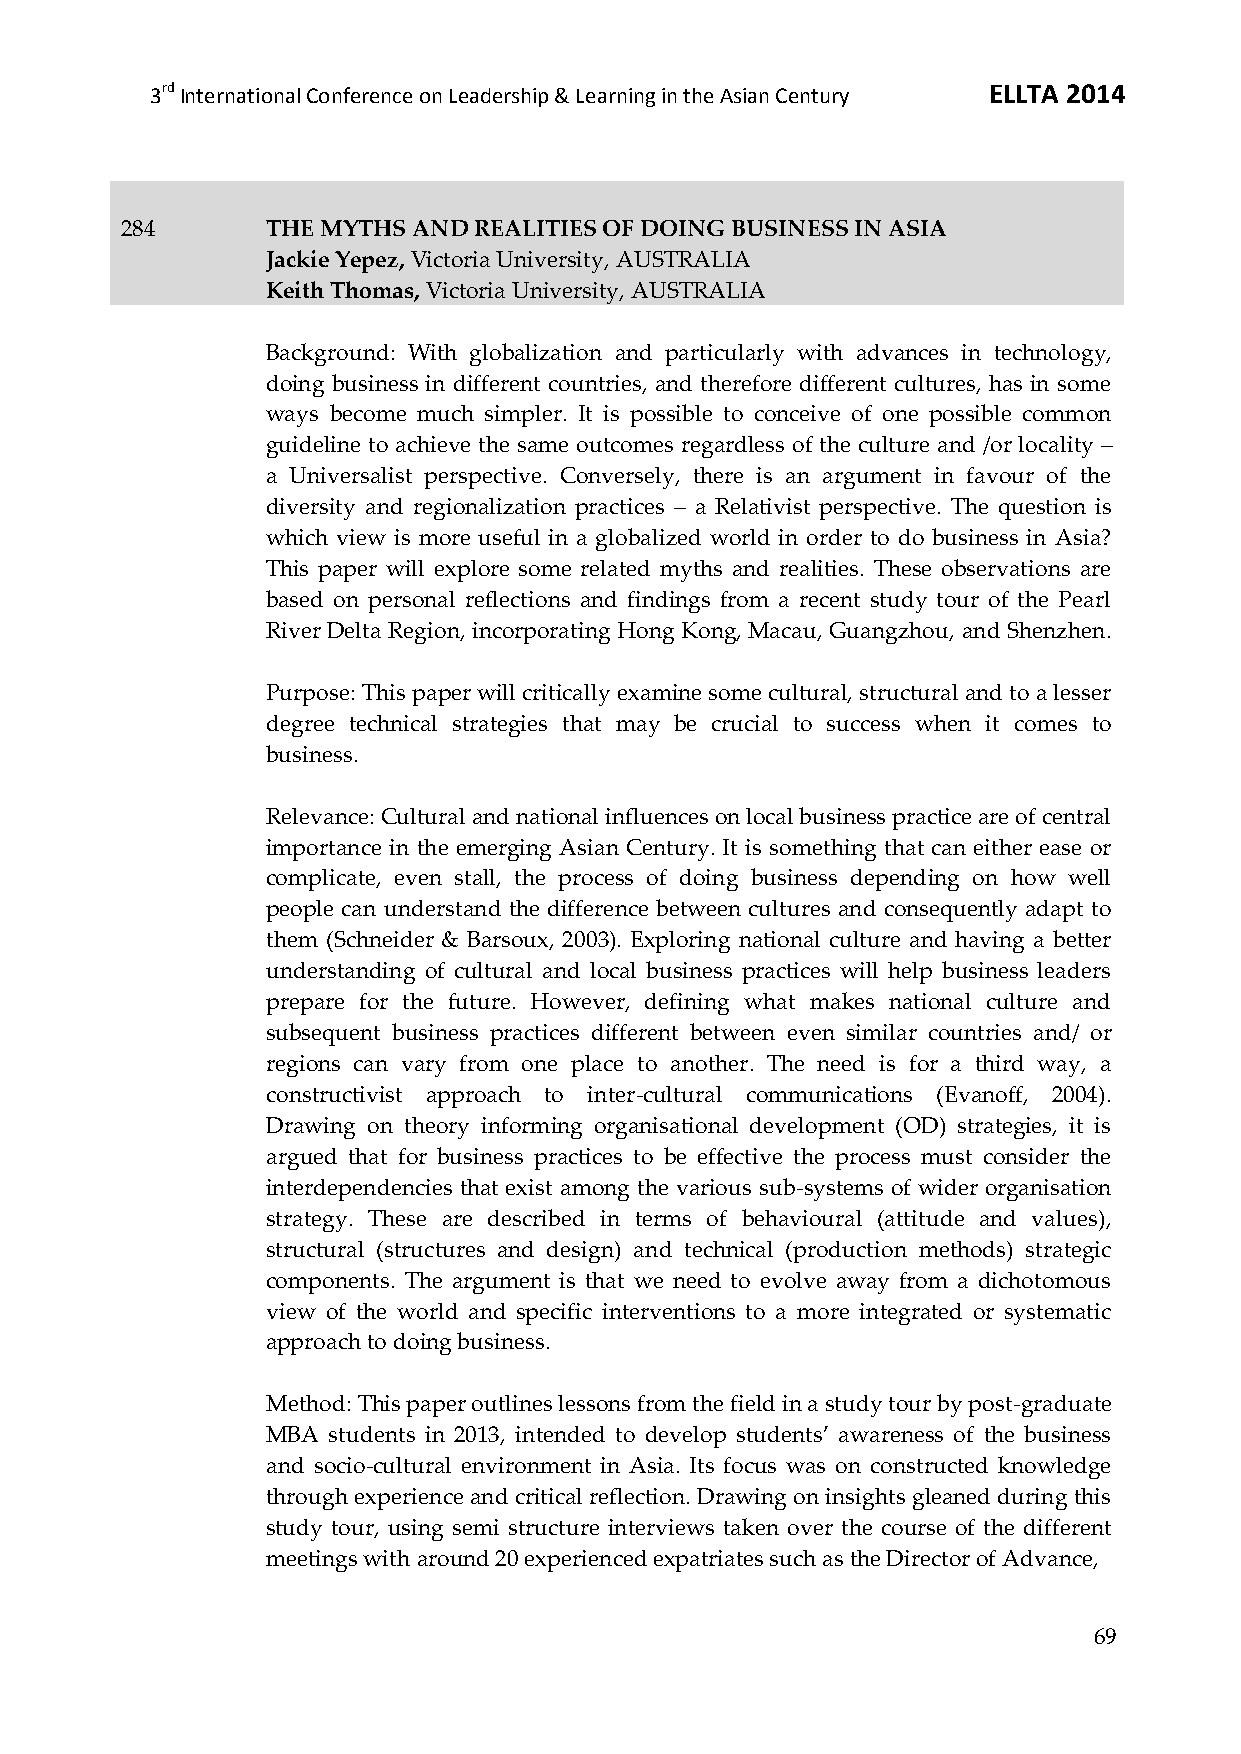
3rd International Conference on Leadership & Learning in the Asian Century ELLTA 2014
 284       THE MYTHS AND REALITIES OF DOING BUSINESS IN ASIA
 Jackie Yepez, Victoria University, AUSTRALIA
 Keith Thomas, Victoria University, AUSTRALIA
 Background: With globalization and particularly with advances in technology,
 doing business in different countries, and therefore different cultures, has in some
 ways become much simpler. It is possible to conceive of one possible common
 guideline to achieve the same outcomes regardless of the culture and /or locality –
 a Universalist perspective. Conversely, there is an argument in favour of the
 diversity and regionalization practices – a Relativist perspective. The question is
 which view is more useful in a globalized world in order to do business in Asia?
 This paper will explore some related myths and realities. These observations are
 based on personal reflections and findings from a recent study tour of the Pearl
 River Delta Region, incorporating Hong Kong, Macau, Guangzhou, and Shenzhen.
 Purpose: This paper will critically examine some cultural, structural and to a lesser
 degree technical strategies that may be crucial to success when it comes to
 business.
 Relevance: Cultural and national influences on local business practice are of central
 importance in the emerging Asian Century. It is something that can either ease or
 complicate, even stall, the process of doing business depending on how well
 people can understand the difference between cultures and consequently adapt to
 them (Schneider & Barsoux, 2003). Exploring national culture and having a better
 understanding of cultural and local business practices will help business leaders
 prepare for the future. However, defining what makes national culture and
 subsequent business practices different between even similar countries and/ or
 regions can vary from one place to another. The need is for a third way, a
 constructivist approach to inter-cultural communications (Evanoff, 2004).
 Drawing on theory informing organisational development (OD) strategies, it is
 argued that for business practices to be effective the process must consider the
 interdependencies that exist among the various sub-systems of wider organisation
 strategy. These are described in terms of behavioural (attitude and values),
 structural (structures and design) and technical (production methods) strategic
 components. The argument is that we need to evolve away from a dichotomous
 view of the world and specific interventions to a more integrated or systematic
 approach to doing business.
 Method: This paper outlines lessons from the field in a study tour by post-graduate
 MBA students in 2013, intended to develop students’ awareness of the business
 and socio-cultural environment in Asia. Its focus was on constructed knowledge
 through experience and critical reflection. Drawing on insights gleaned during this
 study tour, using semi structure interviews taken over the course of the different
 meetings with around 20 experienced expatriates such as the Director of Advance,
 69